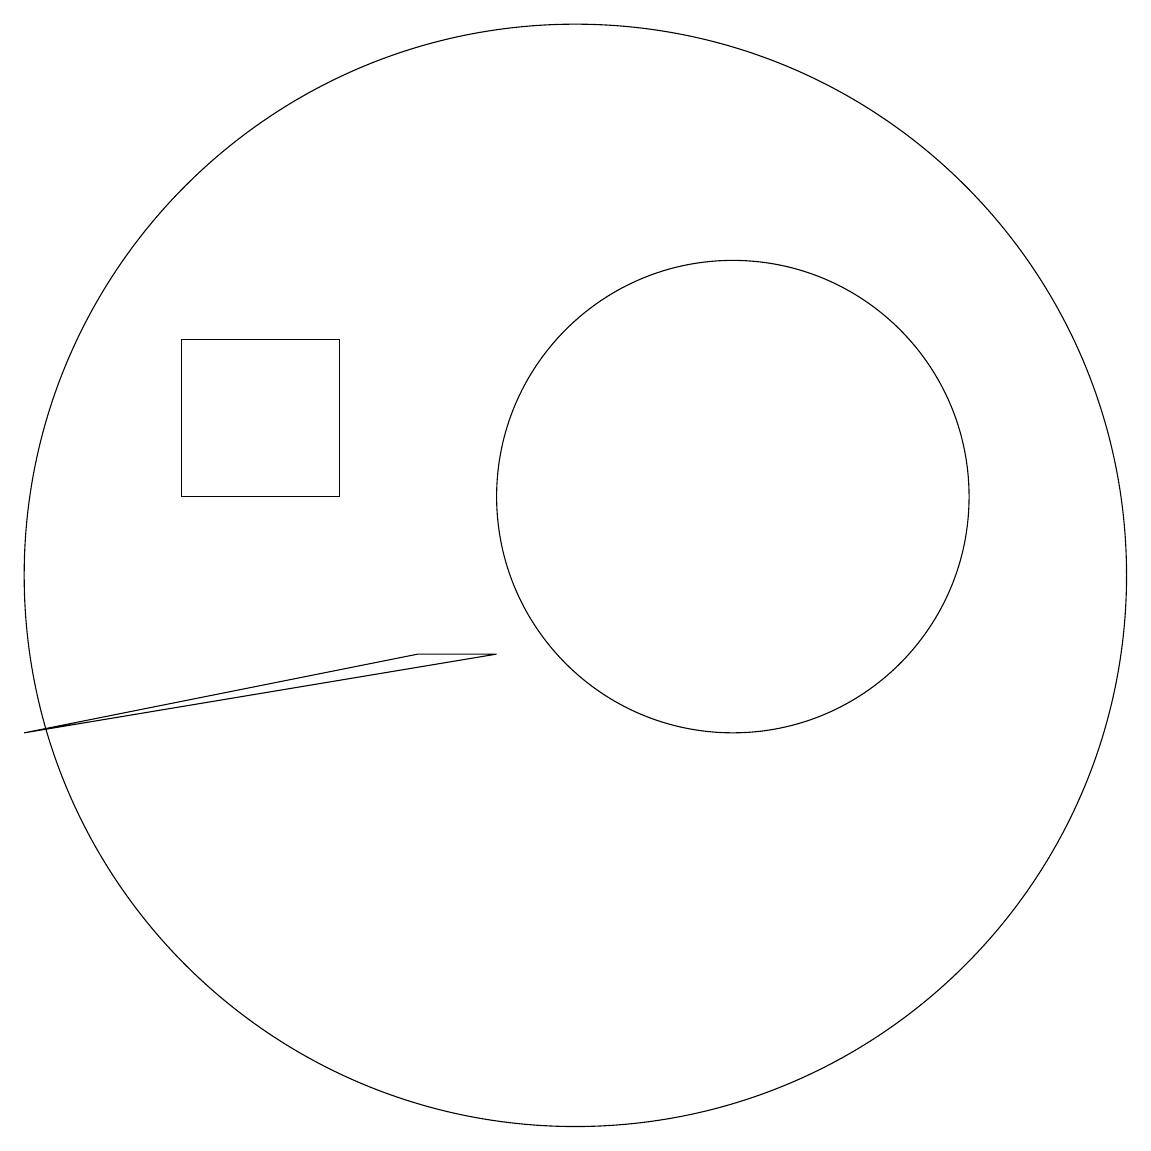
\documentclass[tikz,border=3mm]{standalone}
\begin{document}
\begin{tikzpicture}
\draw (7,13) rectangle (5,11);
\draw (10,10) circle (7);
\draw (9,9) -- (8,9) -- (3,8) -- cycle;
\draw (12,11) circle (3);
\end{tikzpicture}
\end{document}